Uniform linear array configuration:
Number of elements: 8
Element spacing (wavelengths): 0.25
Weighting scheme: hann
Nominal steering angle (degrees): -60
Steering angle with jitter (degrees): -61.409
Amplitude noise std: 0.05
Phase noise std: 0.05

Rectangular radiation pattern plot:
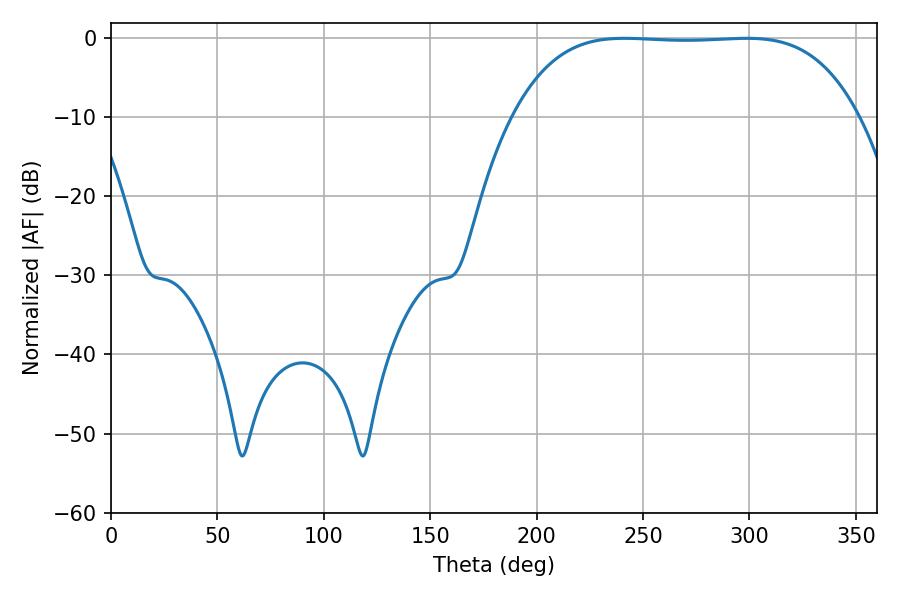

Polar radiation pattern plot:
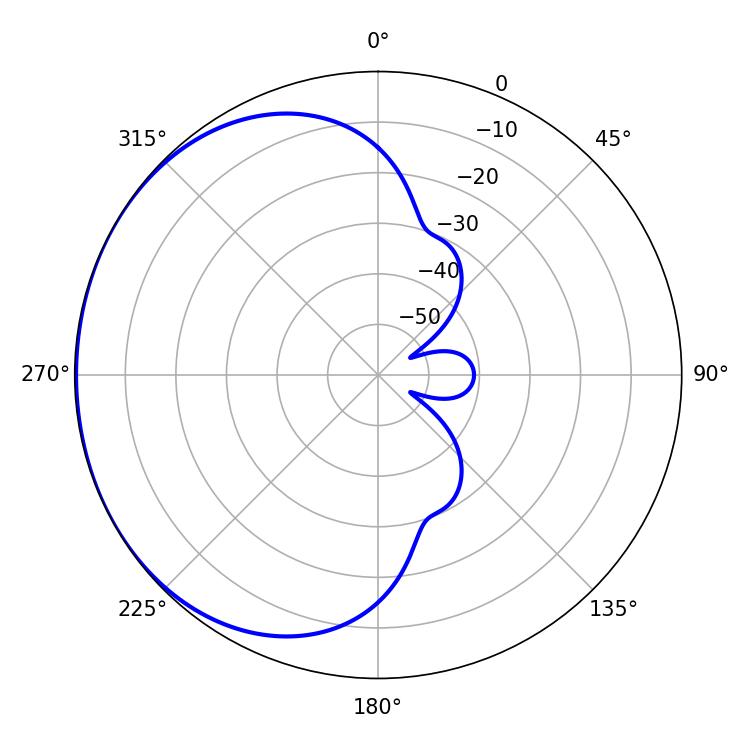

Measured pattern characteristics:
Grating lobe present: FALSE
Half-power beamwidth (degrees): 125.28
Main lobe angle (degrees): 241.2